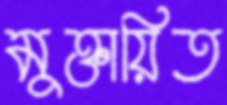
মুক্তায়িত